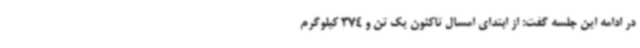
در ادامه این جلسه گفت: از ابتدای امسال تاکنون یک تن و 374 کیلوگرم